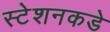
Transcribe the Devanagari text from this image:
स्टेशनकडे